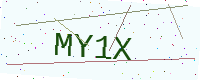
Text: MY1X